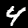
Digit: 4